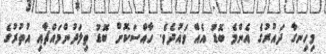
މިހިނގާ ދައުރުގެ އެންމެ ބޮޑު އެއް ވައުދެވެ. ހާއްސަކޮށް ބޮޑު ތިލަދުންމައްޗާއި އުތުރުގެ